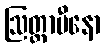
ဩတ္တာပီနော